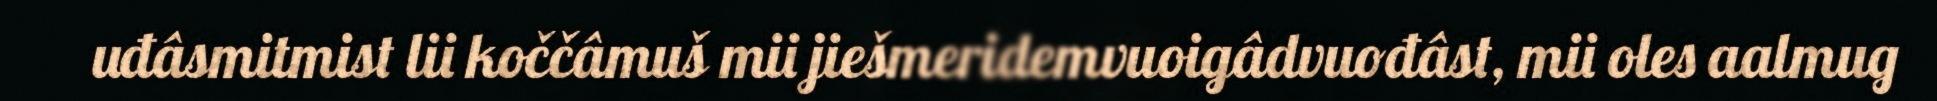
uđâsmitmist lii koččâmuš mii jiešmeridemvuoigâdvuođâst, mii oles aalmug